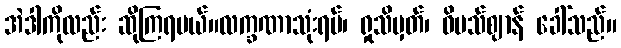
အဲဒါကိုလည်း ဆိုကြရမယ်။လက္ခဏာသုံးရပ်၊ ရှုသိမှတ်၊ ဝိပသ်ဈာန် ခေါ်သည်။